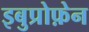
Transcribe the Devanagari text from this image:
इबुप्रोफ़ेन